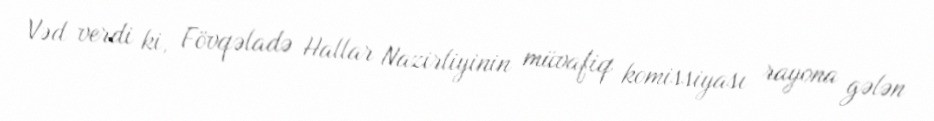
Vəd verdi ki, Fövqəladə Hallar Nazirliyinin müvafiq komissiyası rayona gələn